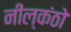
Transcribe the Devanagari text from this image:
नील्कंठो